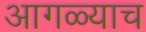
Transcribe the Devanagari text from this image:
आगळ्याच